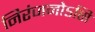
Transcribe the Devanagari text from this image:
निरंजनोऽसि